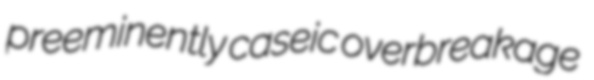
preeminently caseic overbreakage